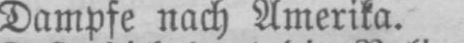
Dampfe nach Amerika.